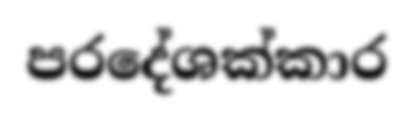
පරදේශක්කාර